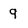
Character: 9